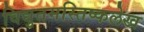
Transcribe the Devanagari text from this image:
विद्युतमस्तिष्कलेख